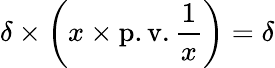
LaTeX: \delta\times\left(x\times\operatorname{p.v.}{\frac{1}{x}}\right)=\delta